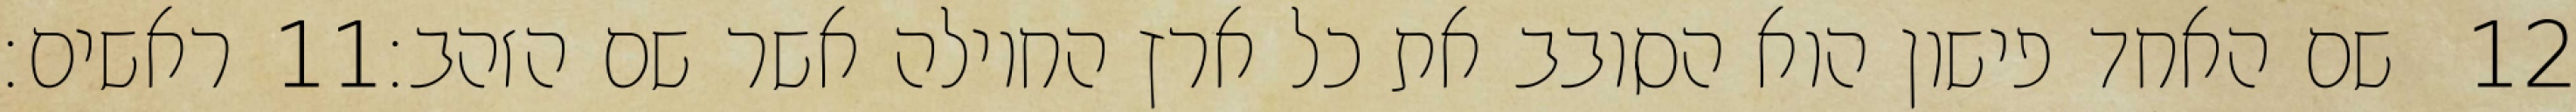
ראשים׃ ‎11‏ שם האחד פישון הוא הסובב את כל ארץ החוילה אשר שם הזהב׃ ‎12‏